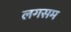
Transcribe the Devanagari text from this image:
लगसम